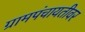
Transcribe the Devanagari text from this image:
ग्रामपंचायतीवर